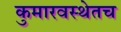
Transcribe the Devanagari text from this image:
कुमारवस्थेतच